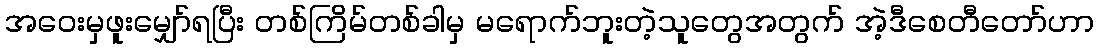
အဝေးမှဖူးမျှော်ရပြီး တစ်ကြိမ်တစ်ခါမှ မရောက်ဘူးတဲ့သူတွေအတွက် အဲ့ဒီစေတီတော်ဟာ